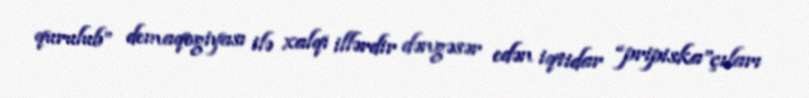
qurulub” demaqogiyası ilə xalqı illərdir dəngəsər edən iqtidar “pripiska”çıları